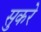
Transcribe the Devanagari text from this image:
सुकरे